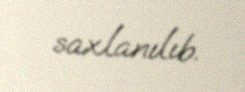
saxlanılıb.